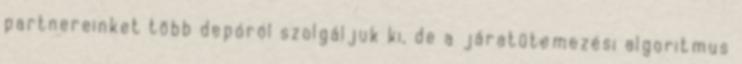
partnereinket több depóról szolgáljuk ki, de a járatütemezési algoritmus